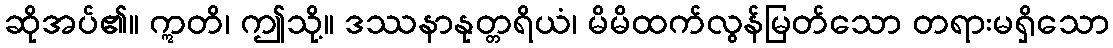
ဆိုအပ်၏။ ဣတိ၊ ဤသို့။ ဒဿနာနုတ္တရိယံ၊ မိမိထက်လွန်မြတ်သော တရားမရှိသော